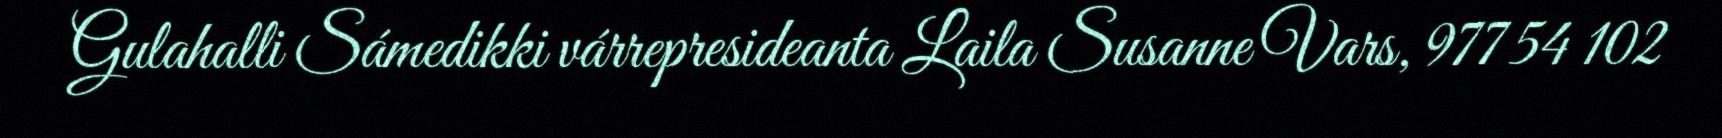
Gulahalli Sámedikki várrepresideanta Laila Susanne Vars, 977 54 102